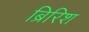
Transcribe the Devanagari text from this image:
ब्रिरिश